65_HS1-834228961_62-HQ-83894_Serial_164
Agency: FBI
Page 132
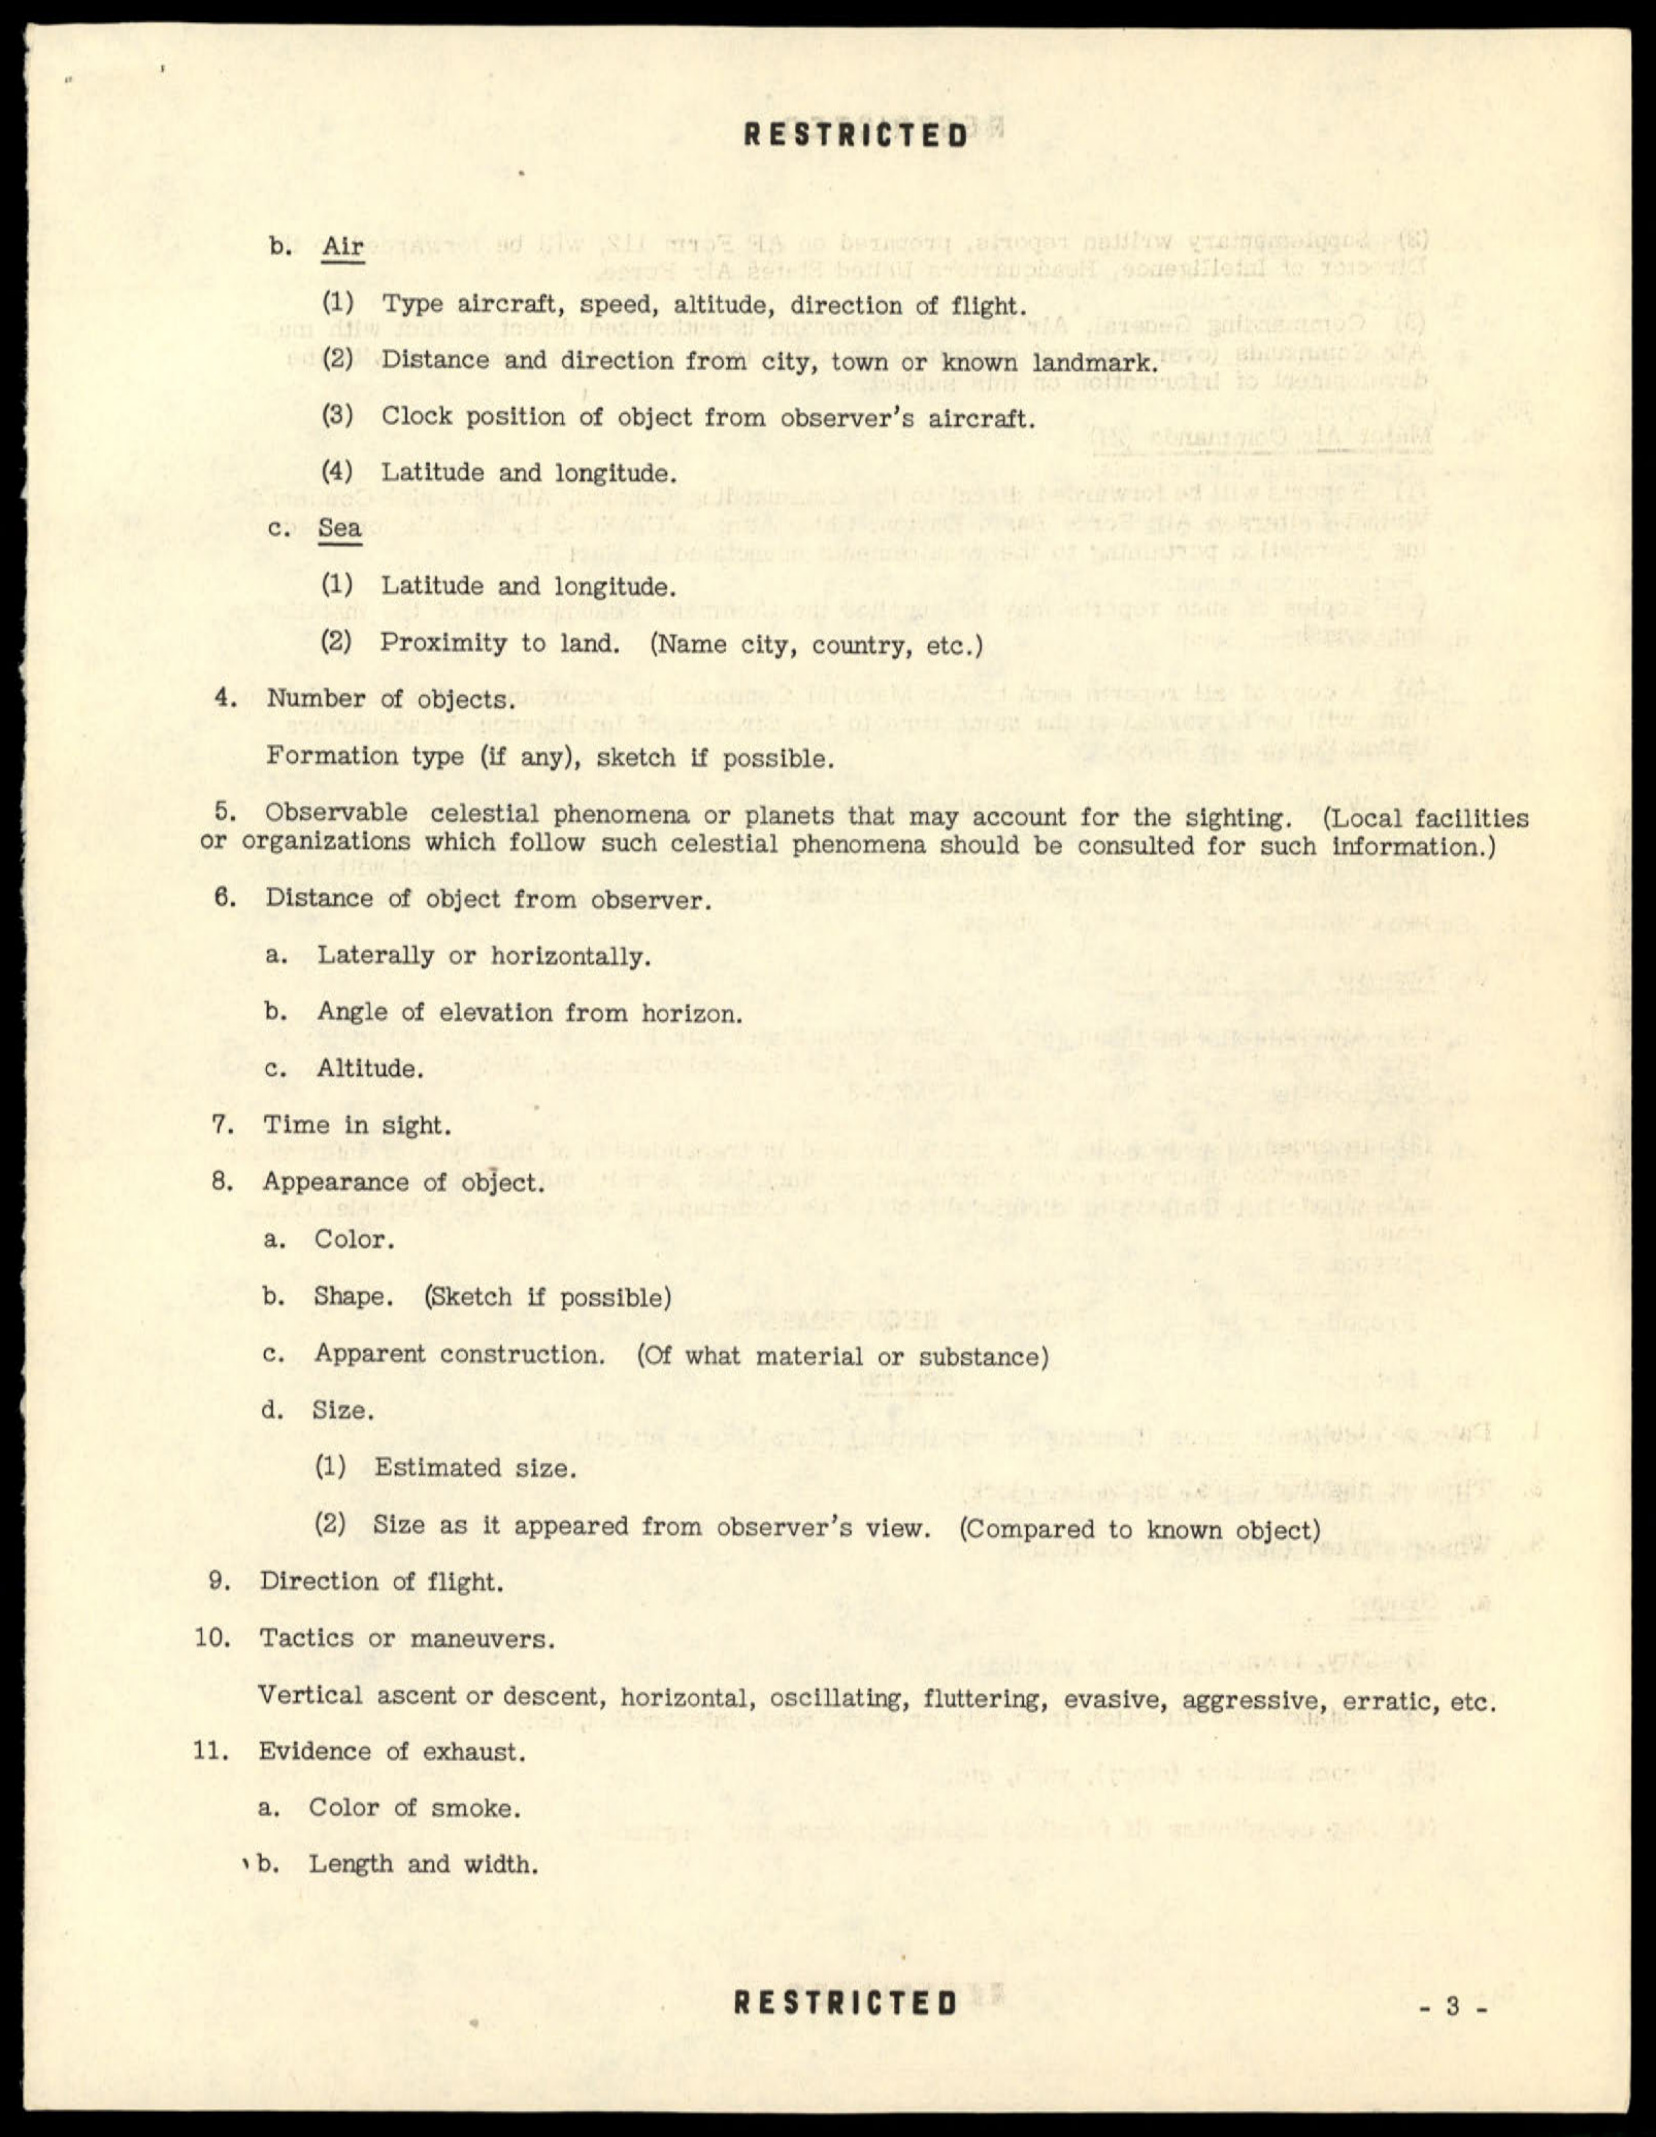